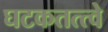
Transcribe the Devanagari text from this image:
घटकतत्त्वे